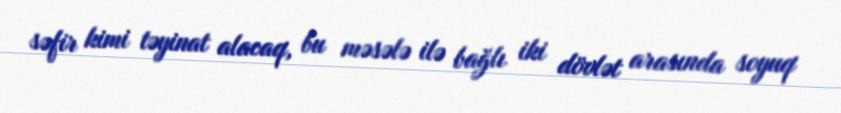
səfir kimi təyinat alacaq, bu məsələ ilə bağlı iki dövlət arasında soyuq